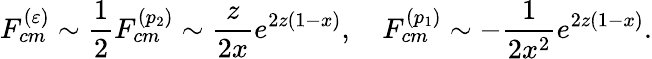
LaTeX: F_{cm}^{(\varepsilon)}\sim\frac{1}{2}F_{cm}^{(p_{2})}\sim\frac{z}{2x}e^{2z(1-x)},\quad F_{cm}^{(p_{1})}\sim-\frac{1}{2x^{2}}e^{2z(1-x)}.